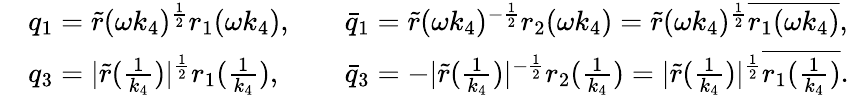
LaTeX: \begin{array}{rlrl}&{q_{1}=\tilde{r}(\omega k_{4})^{\frac{1}{2}}r_{1}(\omega k_{4}),}&&{\bar{q}_{1}=\tilde{r}(\omega k_{4})^{-\frac{1}{2}}r_{2}(\omega k_{4})=\tilde{r}(\omega k_{4})^{\frac{1}{2}}\overline{{r_{1}(\omega k_{4})}},}\\ &{q_{3}=|\tilde{r}(\frac{1}{k_{4}})|^{\frac{1}{2}}r_{1}(\frac{1}{k_{4}}),}&&{\bar{q}_{3}=-|\tilde{r}(\frac{1}{k_{4}})|^{-\frac{1}{2}}r_{2}(\frac{1}{k_{4}})=|\tilde{r}(\frac{1}{k_{4}})|^{\frac{1}{2}}\overline{{r_{1}(\frac{1}{k_{4}})}}.}\end{array}